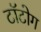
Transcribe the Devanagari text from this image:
टॉटोग